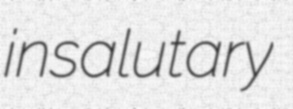
insalutary